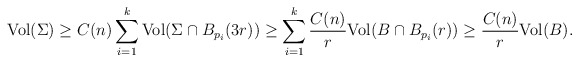
\begin{align*}{\rm Vol} (\Sigma )\geq C(n) \sum_{i=1}^{k} {\rm Vol} (\Sigma\cap B_{p_i}(3r) )\geq\sum_{ i=1}^{k}\frac{C(n)}{r}{\rm Vol} (B \cap B_{p_i}(r) )\geq \frac{C(n)}{r}{\rm Vol} (B ).\end{align*}